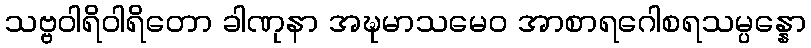
သဗ္ဗဝါရိဝါရိတော ခါဏုနာ အဍ္ဎမာသမေဝ အာစာရဂေါစရသမ္ပန္နော